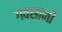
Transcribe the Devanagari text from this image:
गवसांनी